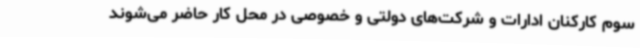
سوم کارکنان ادارات و شرکت‌های دولتی و خصوصی در محل کار حاضر می‌شوند